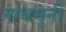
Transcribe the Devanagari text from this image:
नाथमुनी